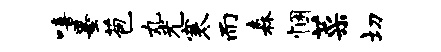
嘻墨苞丸光寒而森悃菜切